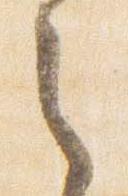
之